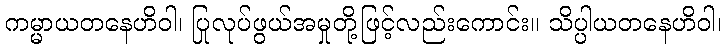
ကမ္မာယတနေဟိဝါ၊ ပြုလုပ်ဖွယ်အမှုတို့ဖြင့်လည်းကောင်း။ သိပ္ပါယတနေဟိဝါ၊